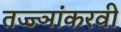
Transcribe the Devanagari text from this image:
तज्ज्ञांकरवी